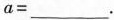
$$a=___$$.